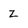
Character: Z